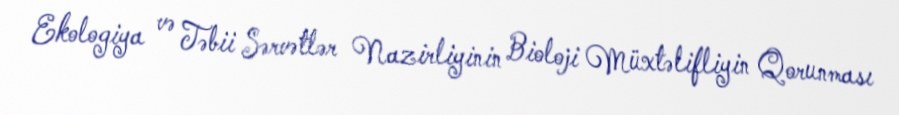
Ekologiya və Təbii Sərvətlər Nazirliyinin Bioloji Müxtəlifliyin Qorunması